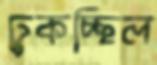
ঢুকচ্ছিল